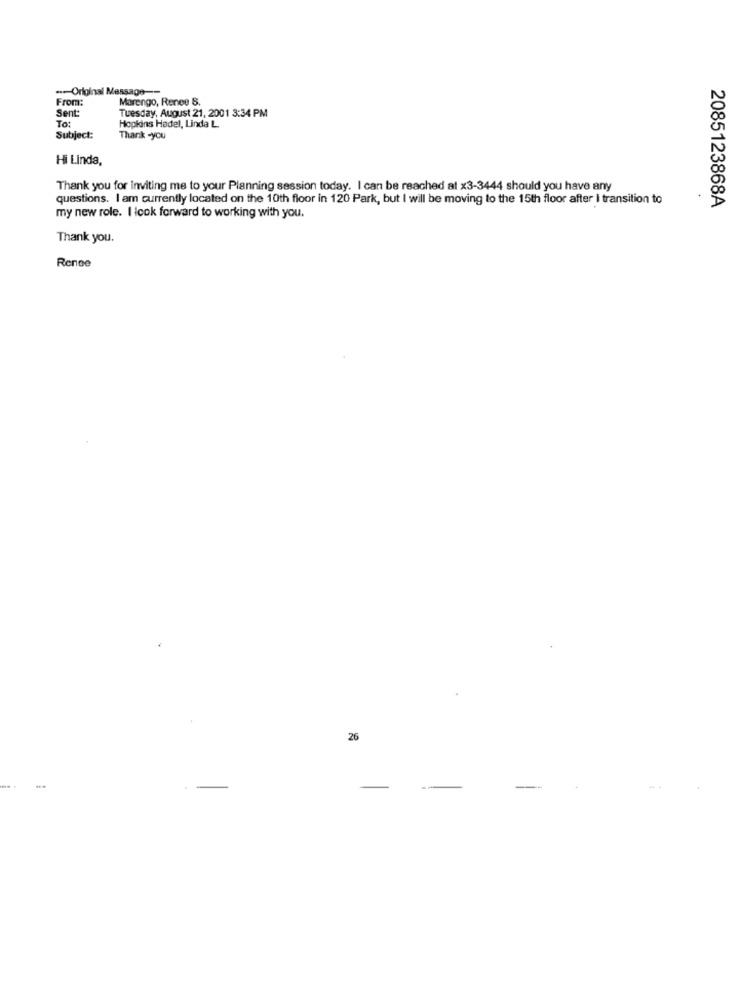
-- Original Message --
From:
Marengo, Renee 8.
Sent:
To :
Tuesday, August 21, 2001 3:34 PM
Hopkins Hadel, Linda L
Subject:
Thank -you
Hi Linda,
Thank you for inviting me to your Planning session today. I can be reached at x3-3444 should you have any
questions. I am currently located on the 10th floor in 120 Park, but I will be moving to the 15th floor after I transition to
2085123868A
my new role. I look forward to working with you.
Thank you.
Rence
26